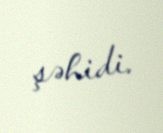
şəhidi.